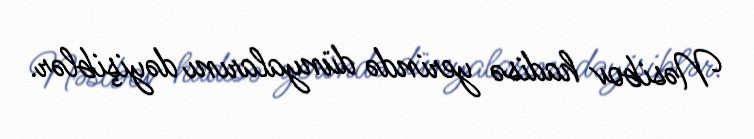
Nəsibov hadisə yerində dünyalarını dəyişiblər.